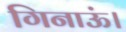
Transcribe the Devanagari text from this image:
गिनाऊं।